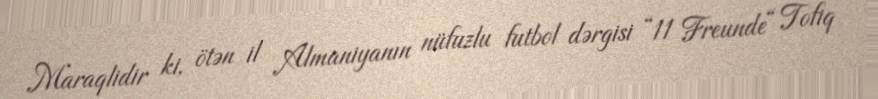
Maraqlidir ki, ötən il Almaniyanın nüfuzlu futbol dərgisi “11 Freunde“ Tofiq